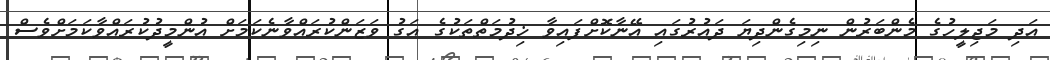
އަދި މަޖިލީހުގެ މެންބަރުން ނިމިގެންދިޔަ ދައުރުގައި އޭނާކޮށްފައިވާ ޚިދުމަތްތަކުގެ އަގު ވަޒަންކުރައްވާނެކަމަށް އުންމީދުކުރައްވާކަމަށްވެސް